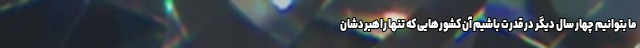
ما بتوانیم چهار سال دیگر در قدرت باشیم آن کشورهایی که تنها راهبردشان